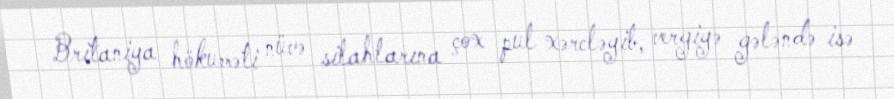
Britaniya hökuməti nüvə silahlarına çox pul xərcləyib, vergiyə gələndə isə